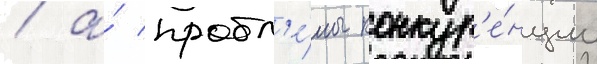
/ а́ пробл'е́мы конкур'е́нции